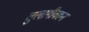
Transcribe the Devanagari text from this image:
तुलागीवरुन